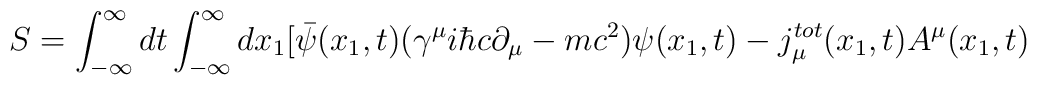
S= \int_{-\infty}^{\infty} dt \int_{-\infty}^{\infty} dx_1 [ \bar{\psi}(x_1,t) ({\gamma}^{\mu} i{\hbar}c {\partial}_{\mu} -mc^2){\psi}(x_1,t) - j_{\mu}^{tot}(x_1,t) A^{\mu}(x_1,t)